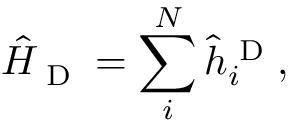
\hat { H } _ { \textrm { D } } = \sum _ { i } ^ { N } \hat { h } _ { i } ^ { \textrm { D } } ,